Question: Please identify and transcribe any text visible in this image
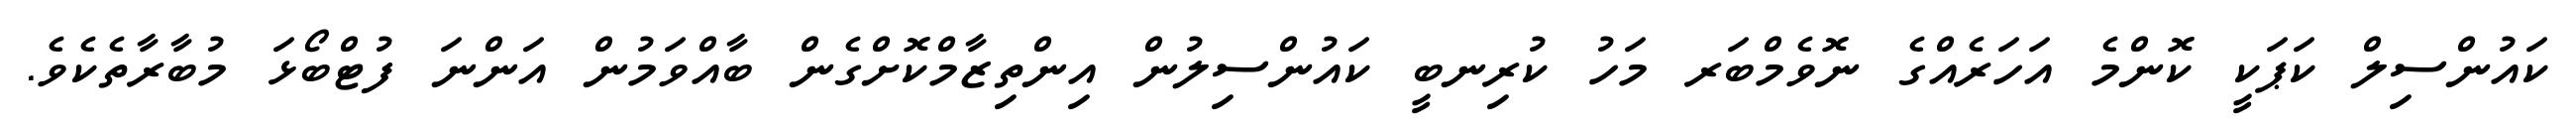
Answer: ކައުންސިލް ކަޕަކީ ކޮންމެ އަހަރެއްގެ ނޮވެމްބަރ މަހު ކުރިނބީ ކައުންސިލުން އިންތިޒާމްކޮށްގެން ބާއްވަމުން އަންނަ ފުޓްބޯޅަ މުބާރާތެކެވެ.